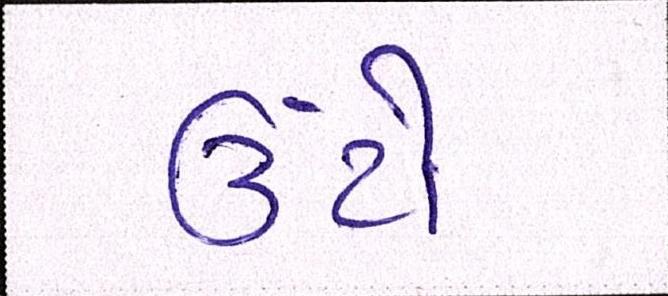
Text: ઉંટો